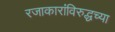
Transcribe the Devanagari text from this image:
रजाकारांविरुद्धच्या